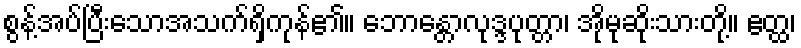
စွန့်အပ်ပြီးသောအသက်ရှိကုန်၏။ ဘောန္တောလုဒ္ဒပုတ္တာ၊ အိုမုဆိုးသားတို့။ ဧတ္ထ၊